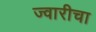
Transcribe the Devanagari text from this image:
ज्वारीचा